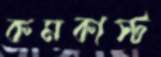
কমকাস্ট